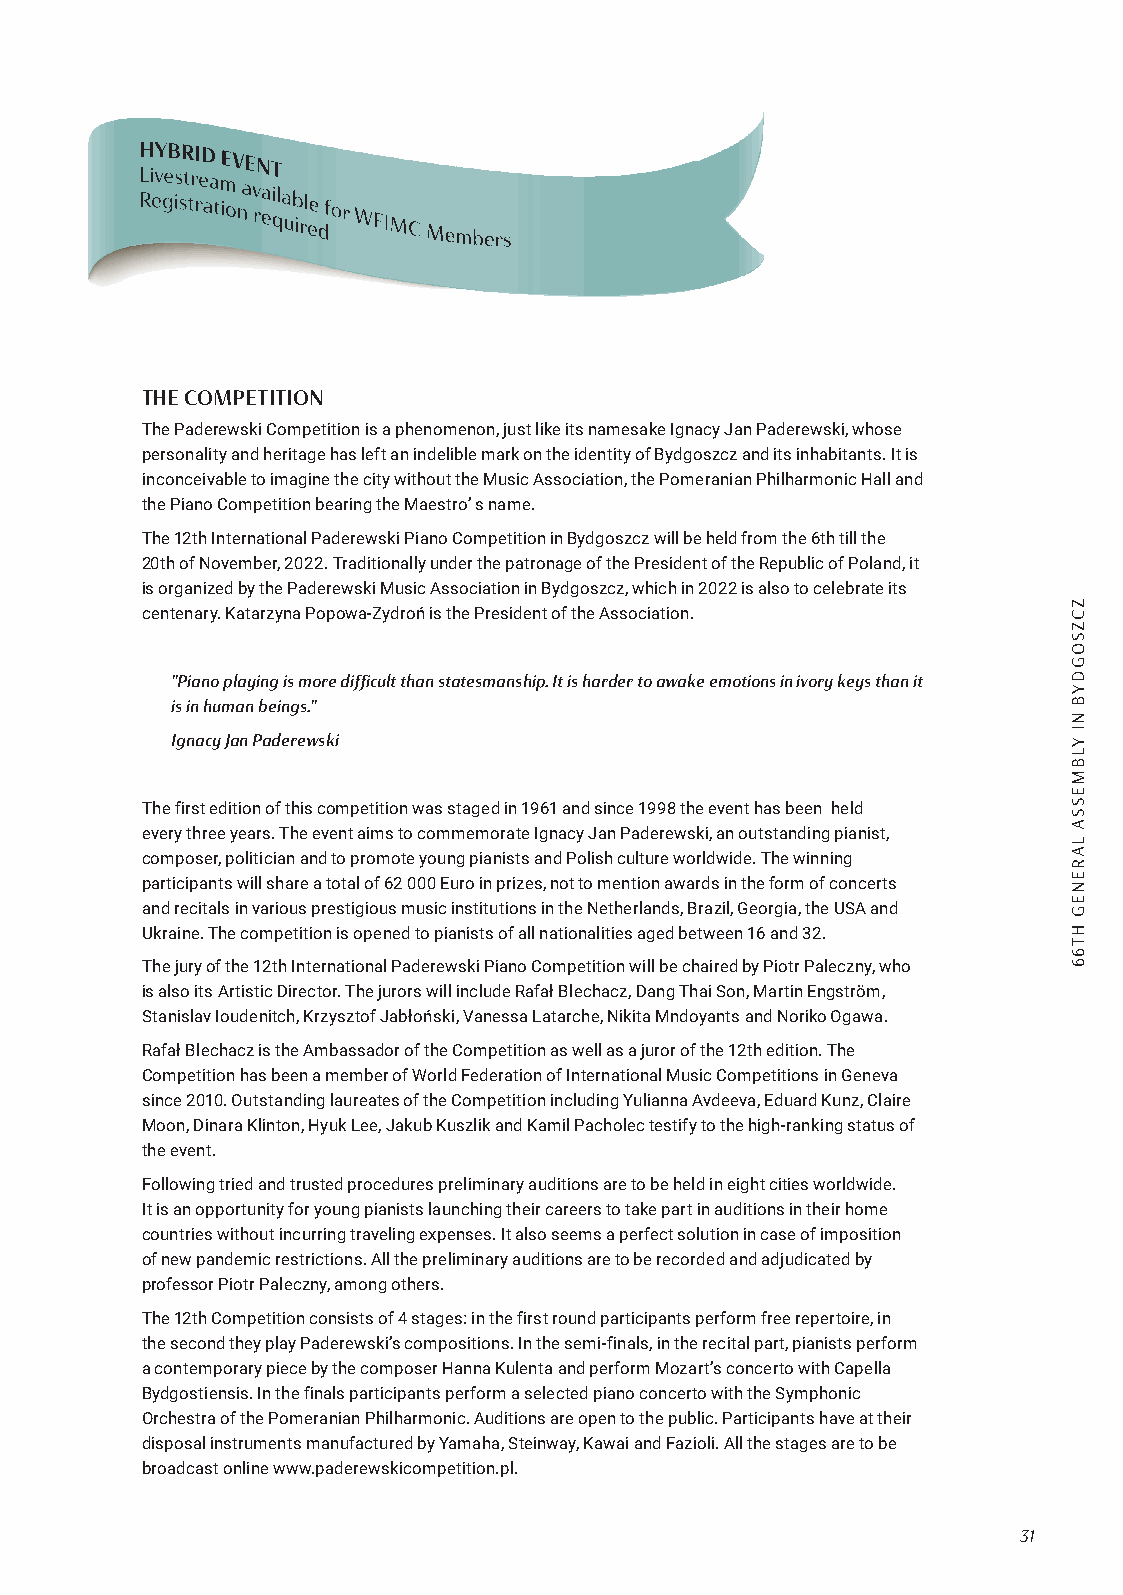
THE COMPETITION
 The Paderewski Competition is a phenomenon, just like its namesake Ignacy Jan Paderewski, whose
 personality and heritage has left an indelible mark on the identity of Bydgoszcz and its inhabitants. It is
 inconceivable to imagine the city without the Music Association, the Pomeranian Philharmonic Hall and
 the Piano Competition bearing the Maestro’ s name.
 The 12th International Paderewski Piano Competition in Bydgoszcz will be held from the 6th till the
 20th of November, 2022. Traditionally under the patronage of the President of the Republic of Poland, it
 is organized by the Paderewski Music Association in Bydgoszcz, which in 2022 is also to celebrate its
 centenary. Katarzyna Popowa-Zydroń is the President of the Association.
 "Piano playing is more difficult than statesmanship. It is harder to awake emotions in ivory keys than it
 is in human beings."
 Ignacy Jan Paderewski
 The first edition of this competition was staged in 1961 and since 1998 the event has been held
 every three years. The event aims to commemorate Ignacy Jan Paderewski, an outstanding pianist,
 composer, politician and to promote young pianists and Polish culture worldwide. The winning
 participants will share a total of 62 000 Euro in prizes, not to mention awards in the form of concerts
 and recitals in various prestigious music institutions in the Netherlands, Brazil, Georgia, the USA and
 Ukraine. The competition is opened to pianists of all nationalities aged between 16 and 32.
 The jury of the 12th International Paderewski Piano Competition will be chaired by Piotr Paleczny, who
 is also its Artistic Director. The jurors will include Rafał Blechacz, Dang Thai Son, Martin Engström,
 Stanislav Ioudenitch, Krzysztof Jabłoński, Vanessa Latarche, Nikita Mndoyants and Noriko Ogawa.
 Rafał Blechacz is the Ambassador of the Competition as well as a juror of the 12th edition. The
 Competition has been a member of World Federation of International Music Competitions in Geneva
 since 2010. Outstanding laureates of the Competition including Yulianna Avdeeva, Eduard Kunz, Claire
 Moon, Dinara Klinton, Hyuk Lee, Jakub Kuszlik and Kamil Pacholec testify to the high-ranking status of
 the event.
 Following tried and trusted procedures preliminary auditions are to be held in eight cities worldwide.
 It is an opportunity for young pianists launching their careers to take part in auditions in their home
 countries without incurring traveling expenses. It also seems a perfect solution in case of imposition
 of new pandemic restrictions. All the preliminary auditions are to be recorded and adjudicated by
 professor Piotr Paleczny, among others.
 The 12th Competition consists of 4 stages: in the first round participants perform free repertoire, in
 the second they play Paderewski’s compositions. In the semi-finals, in the recital part, pianists perform
 a contemporary piece by the composer Hanna Kulenta and perform Mozart’s concerto with Capella
 Bydgostiensis. In the finals participants perform a selected piano concerto with the Symphonic
 Orchestra of the Pomeranian Philharmonic. Auditions are open to the public. Participants have at their
 disposal instruments manufactured by Yamaha, Steinway, Kawai and Fazioli. All the stages are to be
 broadcast online www.paderewskicompetition.pl.
 31
 ZCZSOGDYB
 NI
 YLBMESSA
 LARENEG
 HT66